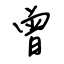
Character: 曾